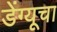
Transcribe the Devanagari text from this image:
डेंग्यूचा